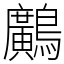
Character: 𪇵